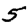
Digit: 5